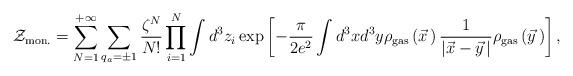
LaTeX: \begin{align*}{\cal Z}_{\rm mon.}=\sum\limits_{N=1}^{+\infty}\sum\limits_{q_a=\pm 1}^{}\frac{\zeta^N}{N!}\prod\limits_{i=1}^{N}\int d^3z_i\exp\left[-\frac{\pi}{2e^2}\int d^3xd^3y \rho_{\rm gas}\left(\vec x{\,}\right)\frac{1}{\left|\vec x-\vec y{\,}\right|}\rho_{\rm gas}\left(\vec y{\,}\right)\right],\end{align*}